Leaving Certificate Examination (including Day School Certificate (Higher) General paper), 1938
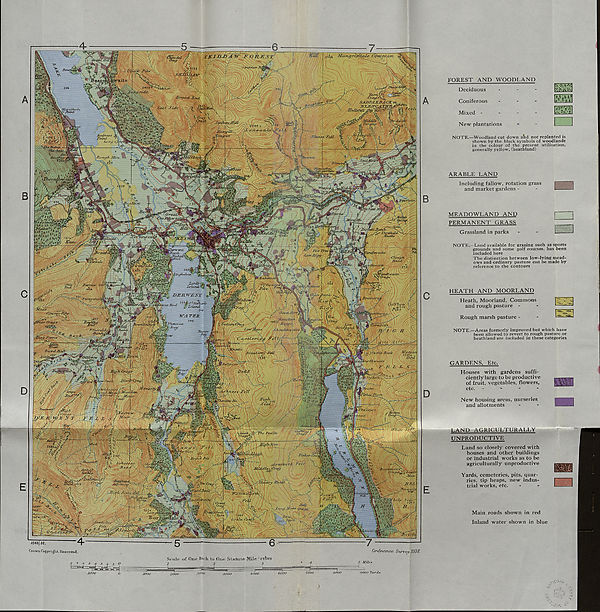
2058
■ 'vtfiolt:
Redness J/j, ' SSS - '
roi,Lt. r ^
Ron if CJosZSk
lioucffv Mire-
/ i p™ , ' u $ u ?A
II67a.-' J
iDertrenc
rj3an/c ■<{
ffc&nd *<
Cloi/ghjy BM-d./-
Barrow 388^
1*9+
*
.ShJxwBdnJc
Iramcitu
' (jalfhoiv.
End
x_-' ‘ ' Scot±J/^>' "‘^_
Urn chef* $
' 1492ft n .
%
/ .b'.hoiiJtliM'dUe
WATER
loss!
Btuww Hz' -
na jM
Wa.tsor 258**
\
BLeaheny
7-' ' os tie Rock
'Grctie - ■ £" \ "I J
'Shephdxtsf&fjj
MlvR:
how ■
Scope. £■
Ff'J'iPj
k.^/sne-
kiim
msb
19 9 6
dmi/ro/fll
G,7f«v,,T;
, ■ dTO.df,'
The. Eewits
VU^Wy/J
a n// c
tVjdStWt*
Vatertlr/l-
\ Avn+both /'V/(
Mm.
WaAt/blfik. it
x '\! l\ j iX,
Esiis/pMm)
SIM
(Tread. /!,;-'
GttUe.
v
5 Oxn/s
ps 2B^; hohw
S/iyery Ervo/t
' 4 r a tencllath
^1350-\ yf/7[
■ ,.FcU
psg!
t Great-
-.p-op
t$Rocl/ IS2p
T'/prnoeJaJVfc/i till-
Sea toil a
• Fell/
•teoo.
'inui
lioueilutai
. v.*. /y
FOREST AND WOODLAND
Deciduous
-
-
-
Coniferous
-
-
-
Mixed -
-
-
-
New plantations
-
NOTE.—Woodland cut down and not replanted is
shown by the black symbols of woodlands
in the colour of the present utilisation,
generally yellow, (heathland)
ARABLE LAND
Including fallow, rotation grass
and market gardens -
MEADOWLAND AND
PERMANENT GRASS
Grassland in parks
NOTE.—Land available for grazing such as sports
grounds and some golf courses, has been
included here
The distinction between low-lying mead-
ows and ordinary pasture can be made by
reference to the contours
HEATH AND MOORLAND
Heath, Moorland, Commons
and rough pasture -
Rough marsh pasture -
NOTE.—Areas formerly improved but which have
been allowed to revert to rough pasture or
heathland are included in these categories
GARDENS, Etc.
Houses with gardens suffi-
ciently large to be productive
of fruit, vegetables, flowers,
etc. -
»
-
-
New housing areas, nurseries
and allotments
LAND AGRICULTURALLY
UNPRODUCTIVE
Land so closely covered with
houses and other buildings
or industrial works as to be
agriculturally unproductive
Yards, cemeteries, pits, quar-
ries, tip heaps, new indus-
trial works, etc.
Main roads shown in red
Inland water shown in blue